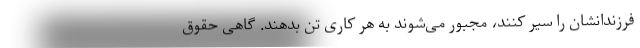
فرزندانشان را سیر کنند، مجبور می‌شوند به هر کاری تن بدهند. گاهی حقوق